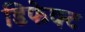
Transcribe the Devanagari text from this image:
डिफेक्‍ट